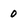
Character: 0